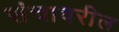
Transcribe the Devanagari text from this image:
संचावरील